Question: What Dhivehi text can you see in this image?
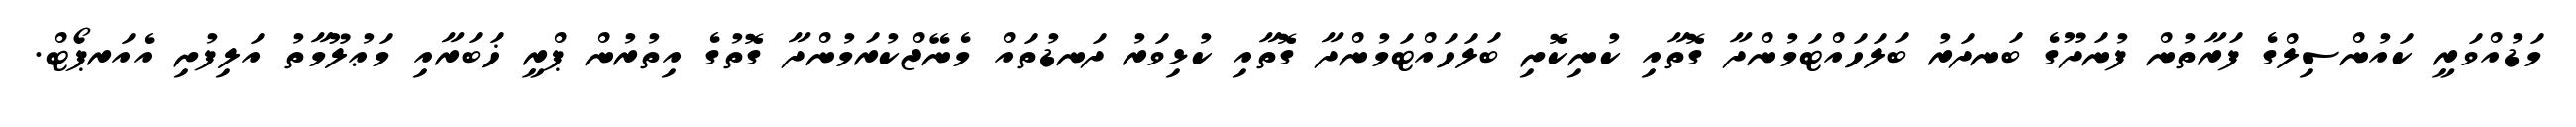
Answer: މަޑުއްވަރީ ކައުންސިލްގެ ފަރާތުން ފުނަދޫގެ ބަނދަރު ބަލަހައްޓަމުންދާ ގޮތާއި ކުނިކޮށި ބަލަހައްޓަމުންދާ ގޮތާއި ކުޅިވަރު ދަނޑުތައް މެނޭޖްކުރަމުންދާ ގޮތުގެ އިތުރުން ޕްރީ ޚަބަރާއި މަޢުލޫމާތު އަލިފުށި އެއަރޕޯޓް.